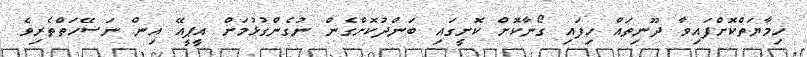
ހިމާޔަތްކޮށްފައިވާ ދޫނިތައް ހިފައި ގޯނާކޮށް ކޮށީގައި ބަންދުކޮށްގެން ނުގެންގުޅުމަށް އީޕީއޭ އިން ނަސޭހަތްތެރިވެ